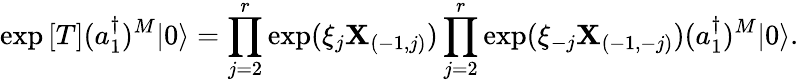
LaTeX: \exp{[T]}(a_{1}^{\dagger})^{M}|0\rangle=\prod_{j=2}^{r}\exp(\xi_{j}\mathbf{X}_{(-1,j)})\prod_{j=2}^{r}\exp(\xi_{-j}\mathbf{X}_{(-1,-j)})(a_{1}^{\dagger})^{M}|0\rangle.